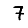
Digit: 7